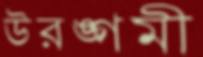
উরঙ্গমী